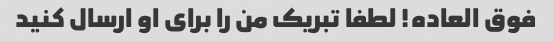
فوق العاده! لطفا تبریک من را برای او ارسال کنید